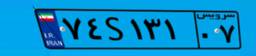
۷۴S۱۳۱۰۷